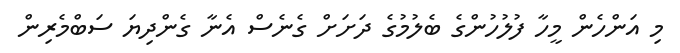
މި އަންހެން މީހާ ފުލުހުންގެ ބެލުމުގެ ދަށަށް ގެނެސް އެނާ ގެންދިޔަ ސަބްމެރިން